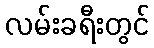
လမ်းခရီးတွင်